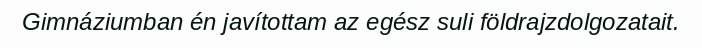
Gimnáziumban én javítottam az egész suli földrajzdolgozatait.